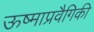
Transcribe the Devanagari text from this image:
ऊष्माप्रवैगिकी